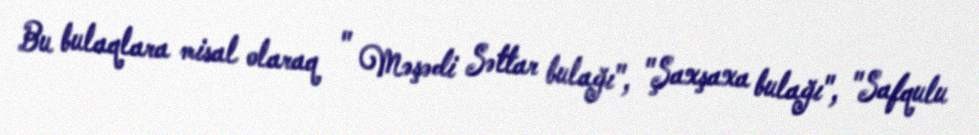
Bu bulaqlara misal olaraq " Məşədi Səttar bulağı", "Şaxşaxa bulağı", "Safqulu